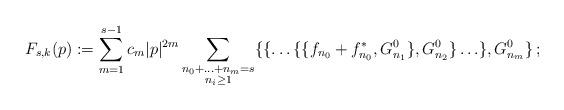
LaTeX: \begin{align*}F_{s,k}(p):= \sum_{m=1}^{s-1}c_m |p|^{2m}\sum_{\substack{n_0+\ldots+n_m=s\\ n_i\ge1}}\{\{\ldots\{\{f_{n_0}+f_{n_0}^*,G^0_{n_1}\},G^0_{n_2}\}\ldots\},G^0_{n_m}\}\,;\end{align*}